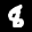
Label: 8